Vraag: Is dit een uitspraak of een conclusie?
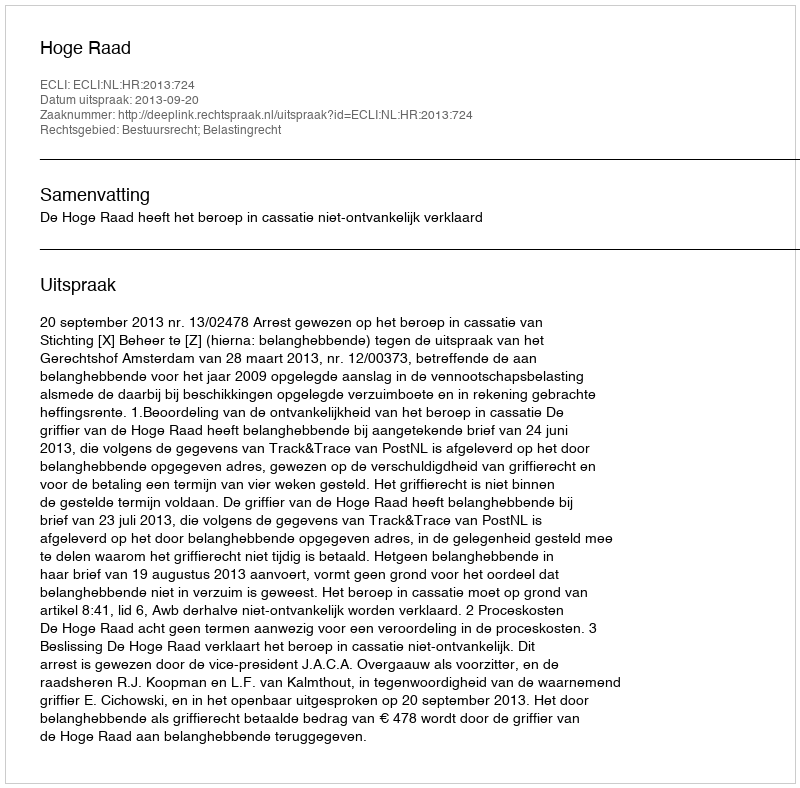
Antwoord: Uitspraak